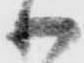
御